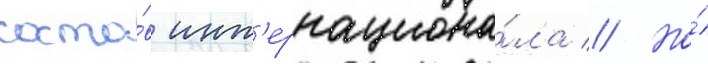
соста́в инт'ернациона́ла // Но́